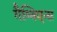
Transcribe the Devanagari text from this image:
गैम्बिएन्स